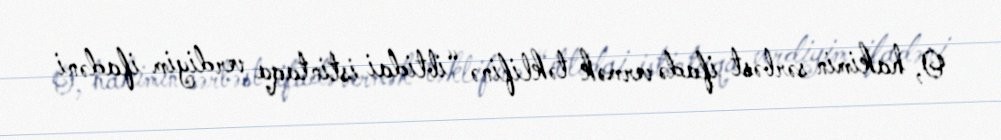
O, hakimin sərbəst ifadə vermək təklifinə “ibtidai istintaqa verdiyim ifadəni